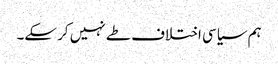
ہم سیاسی اختلاف طے نہیں کر سکے۔